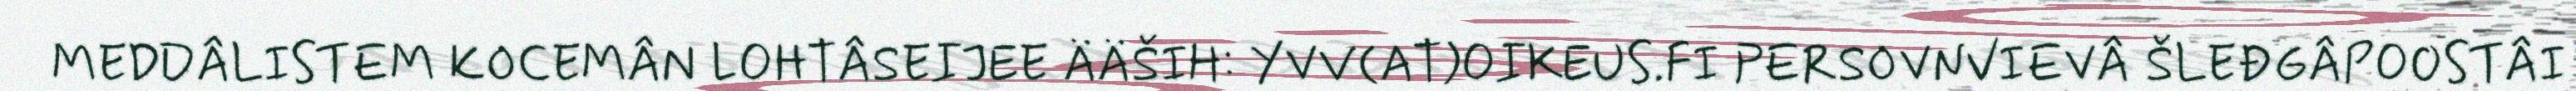
MEDDÂLISTEM KOCEMÂN LOHTÂSEIJEE ÄÄŠIH: YVV(AT)OIKEUS.FI PERSOVNVIEVÂ ŠLEĐGÂPOOSTÂI